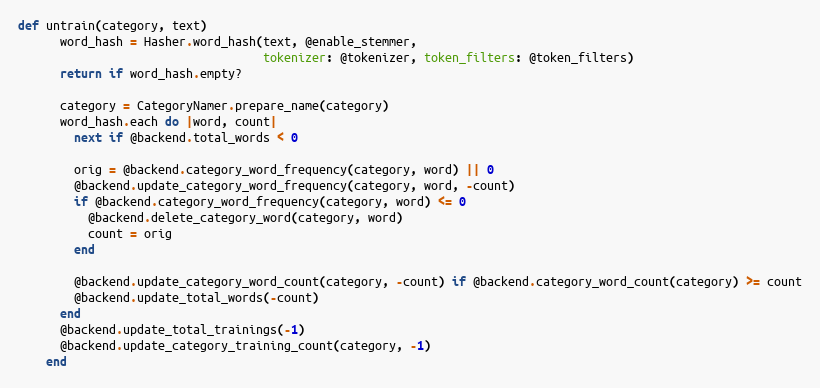
Language: Ruby
def untrain(category, text)
      word_hash = Hasher.word_hash(text, @enable_stemmer,
                                   tokenizer: @tokenizer, token_filters: @token_filters)
      return if word_hash.empty?

      category = CategoryNamer.prepare_name(category)
      word_hash.each do |word, count|
        next if @backend.total_words < 0

        orig = @backend.category_word_frequency(category, word) || 0
        @backend.update_category_word_frequency(category, word, -count)
        if @backend.category_word_frequency(category, word) <= 0
          @backend.delete_category_word(category, word)
          count = orig
        end

        @backend.update_category_word_count(category, -count) if @backend.category_word_count(category) >= count
        @backend.update_total_words(-count)
      end
      @backend.update_total_trainings(-1)
      @backend.update_category_training_count(category, -1)
    end